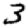
Digit: 3